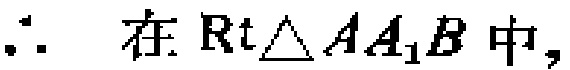
\(\therefore\) 在 \(\mathrm{Rt}\triangle AA_{1}B\) 中，